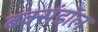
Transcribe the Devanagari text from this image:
बक्संडाॅल